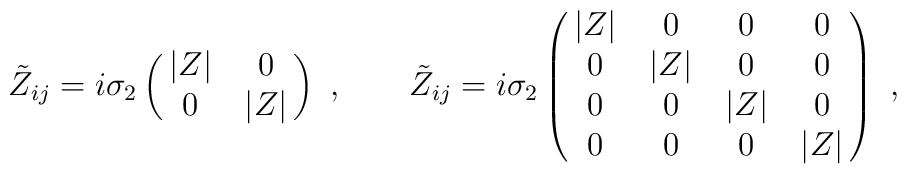
\tilde Z_{ij} = i \sigma_2 \left (\matrix{|Z| & 0  \cr0 & |Z|  \cr}\right ) \ , \qquad\tilde Z_{ij} = i \sigma_2\left (\matrix{|Z| & 0 & 0 & 0 \cr0 & |Z| & 0 & 0 \cr0 & 0 & |Z| & 0 \cr0 & 0 & 0 & |Z| \cr}\right ) \ ,